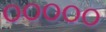
૦૦૦૦૦